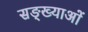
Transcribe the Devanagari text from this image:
सङ्ख्याअाें